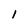
Character: l